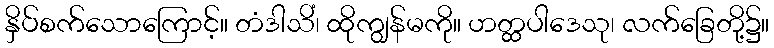
နှိပ်စက်သောကြောင့်။ တံဒါသိံ၊ ထိုကျွန်မကို။ ဟတ္ထပါဒေသု၊ လက်ခြေတို့၌။